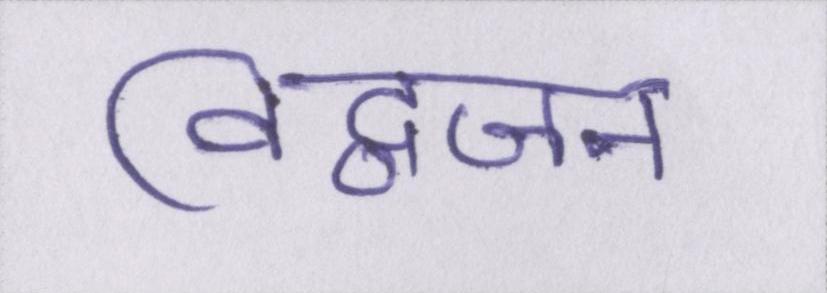
विद्वजन